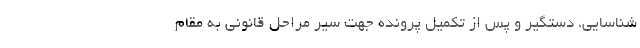
شناسایی، دستگیر و پس از تکمیل پرونده جهت سیر مراحل قانونی به مقام